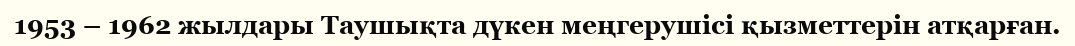
1953 – 1962 жылдары Таушықта дүкен меңгерушісі қызметтерін атқарған.